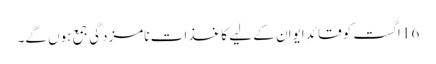
16 اگست کو قائدِ ایوان کے لیے کاغذاتِ نامزدگی جمع ہوں گے۔